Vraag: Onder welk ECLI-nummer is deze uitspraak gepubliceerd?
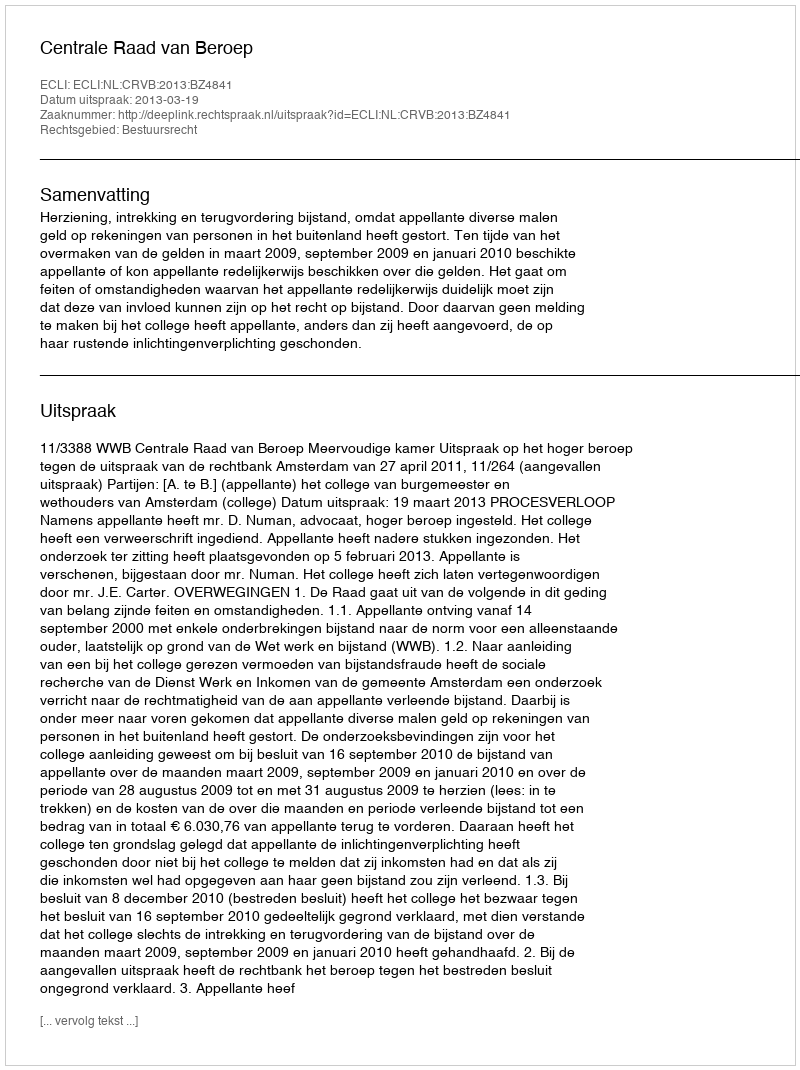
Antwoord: ECLI:NL:CRVB:2013:BZ4841